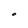
Character: O